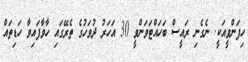
ހިފަންވީއަކީ. ނެގެނި ރައީސް ބަހައްޓަވަންވީ 30 އަހަރު ދުވަހުގެ ތެރޭގައި ހާވާފައިވާ ހަޑިތައް